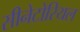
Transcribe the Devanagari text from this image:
सीनेटोरियल